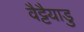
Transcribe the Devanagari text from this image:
वैट्टैयाडु